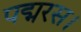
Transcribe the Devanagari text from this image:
पद्मरस।